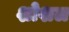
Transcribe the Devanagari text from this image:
शोशल